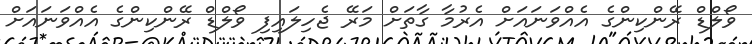
ވޯލްޑް ރޭންކިންގެ އެއްވަނައަށް އެރުމާ ގާތަށް މަރޭ ޖެހިލައިފި ވޯލްޑް ރޭންކިންގެ އެއްވަނައަށް